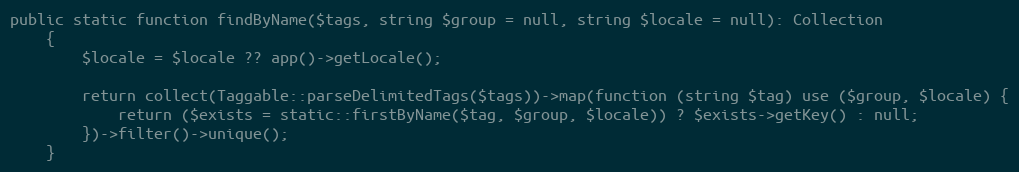
Language: PHP
public static function findByName($tags, string $group = null, string $locale = null): Collection
    {
        $locale = $locale ?? app()->getLocale();

        return collect(Taggable::parseDelimitedTags($tags))->map(function (string $tag) use ($group, $locale) {
            return ($exists = static::firstByName($tag, $group, $locale)) ? $exists->getKey() : null;
        })->filter()->unique();
    }